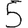
Digit: 5